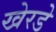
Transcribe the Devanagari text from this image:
खेरडे